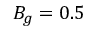
B _ { g } = 0 . 5